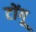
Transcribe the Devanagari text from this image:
टोंगू